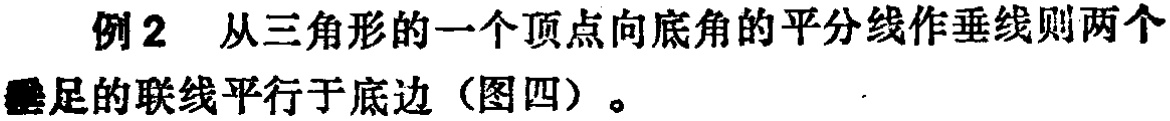
例2 从三角形的一个顶点向底角的平分线作垂线则两个垂足的联线平行于底边（图四）。